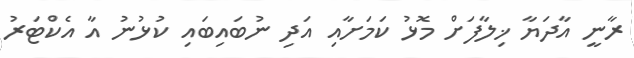
ރާނީ އާދަޔާ ޚިލާފަށް މޮޅު ކަމަށާއި އަދި ނުބައިބައި ކުޅުނު އާ އެކްޓަރު